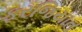
ફરજિયાત